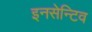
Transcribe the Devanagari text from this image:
इनसेन्टिव